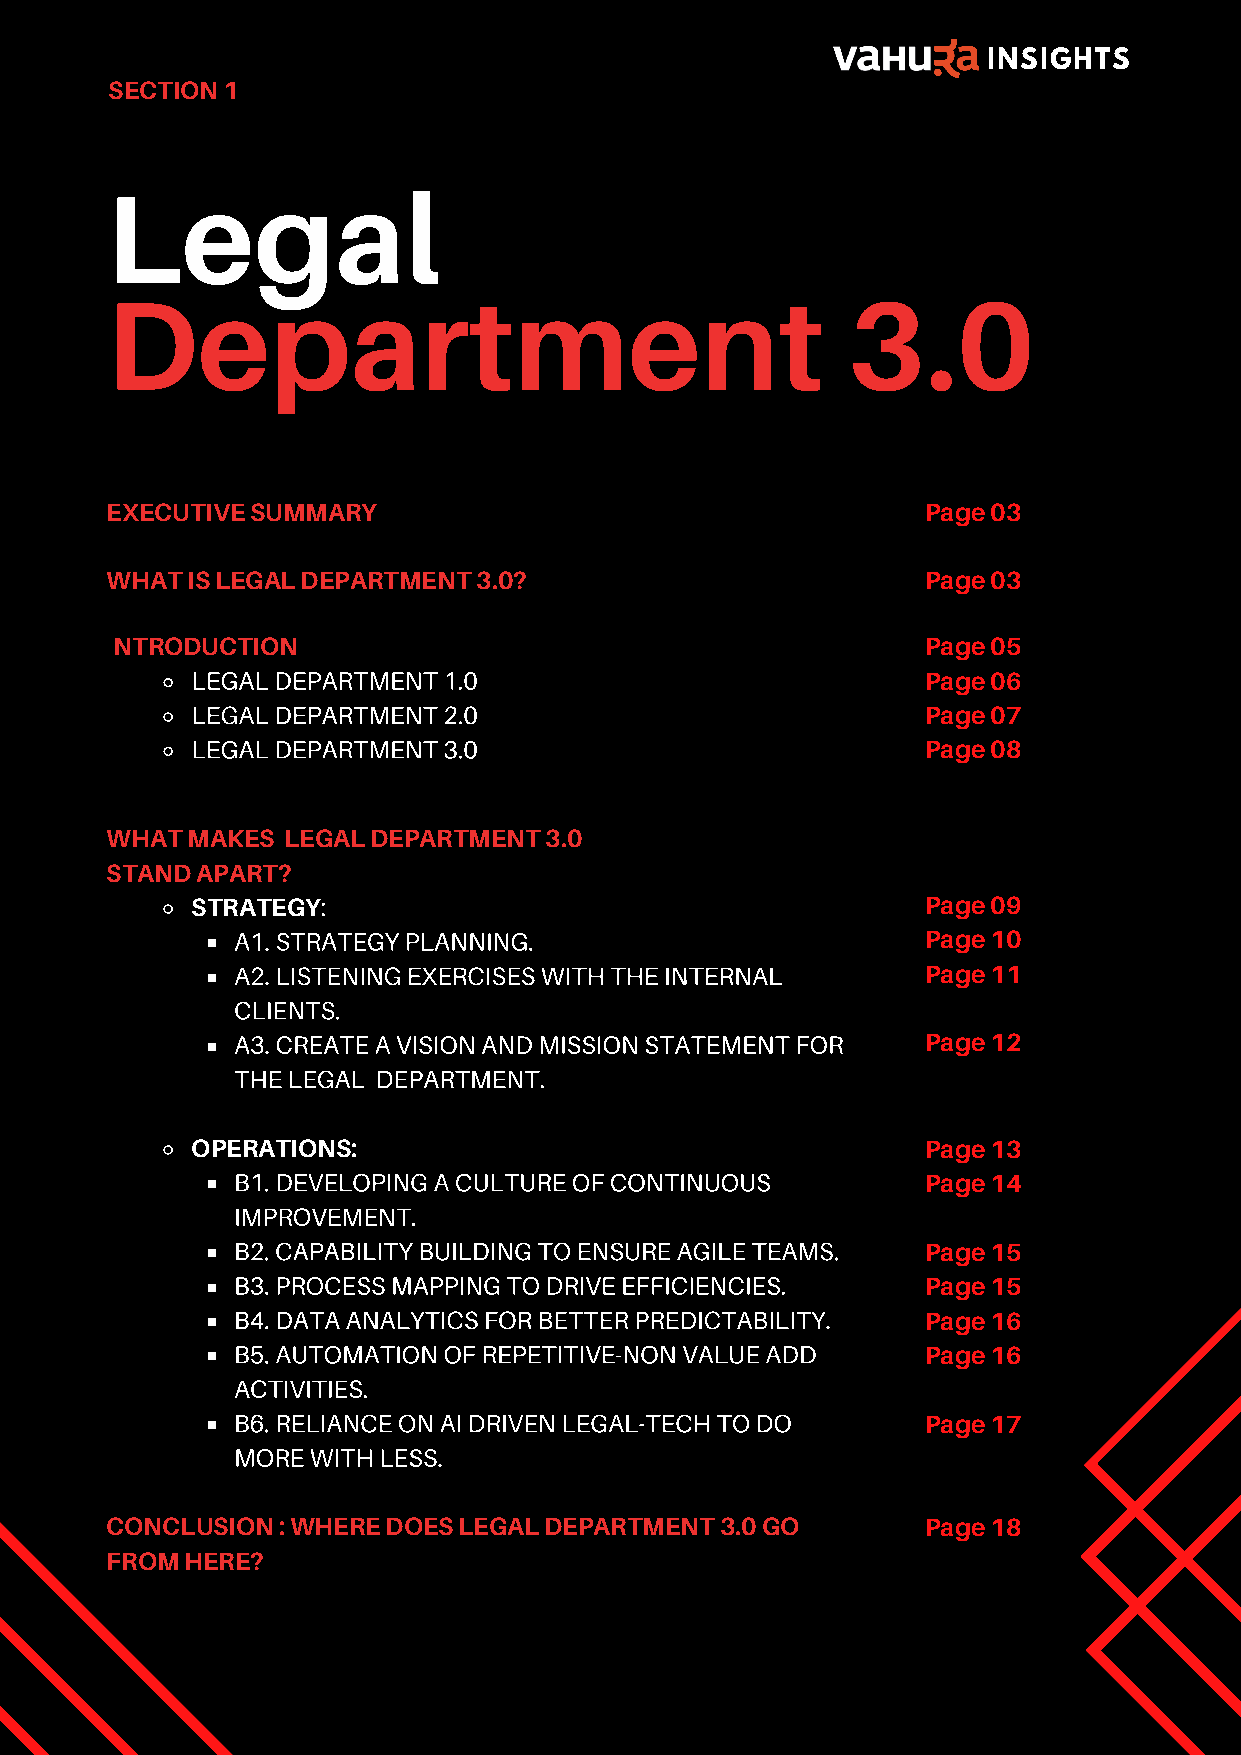
INSIGHTS
 0
 SECTION 1                                                             2
 Legal
 Department                                       3.0
 EXECUTIVE SUMMARY                                     Page 03
 WHAT IS LEGAL DEPARTMENT 3.0?                         Page 03
 INTRODUCTION                                          Page 05
 LEGAL DEPARTMENT 1.0                            Page 06
 LEGAL DEPARTMENT 2.0                            Page 07
 LEGAL DEPARTMENT 3.0                            Page 08
 WHAT MAKES  LEGAL DEPARTMENT 3.0
 STAND APART?
 STRATEGY:                                       Page 09
 A1. STRATEGY PLANNING.                        Page 10
 A2. LISTENING EXERCISES WITH THE INTERNAL     Page 11
 CLIENTS.
 A3. CREATE A VISION AND MISSION STATEMENT FOR Page 12
 THE LEGAL DEPARTMENT.
 OPERATIONS:                                     Page 13
 B1. DEVELOPING A CULTURE OF CONTINUOUS
 Page 14
 IMPROVEMENT.
 B2. CAPABILITY BUILDING TO ENSURE AGILE TEAMS.
 Page 15
 B3. PROCESS MAPPING TO DRIVE EFFICIENCIES.
 Page 15
 B4. DATA ANALYTICS FOR BETTER PREDICTABILITY.
 Page 16
 B5. AUTOMATION OF REPETITIVE-NON VALUE ADD
 Page 16
 ACTIVITIES.
 B6. RELIANCE ON AI DRIVEN LEGAL-TECH TO DO
 Page 17
 MORE WITH LESS.
 CONCLUSION : WHERE DOES LEGAL DEPARTMENT 3.0 GO       Page 18
 FROM HERE?